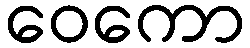
ဝေကော